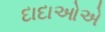
દાદાઓએ